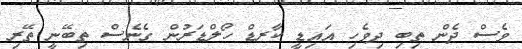
ވެސް ދެން ތިބި ދިވެހި އައިޑީ ކާރޑް ހޯލްޑަރުން ގެނެސް ތިބޭނީ ތޭރި